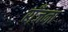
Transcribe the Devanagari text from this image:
राँजना